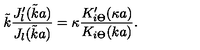
\tilde { k } \frac { J _ { l } ^ { \prime } ( \tilde { k } a ) } { J _ { l } ( \tilde { k } a ) } = \kappa \frac { K _ { i \Theta } ^ { \prime } ( \kappa a ) } { K _ { i \Theta } ( k a ) } .